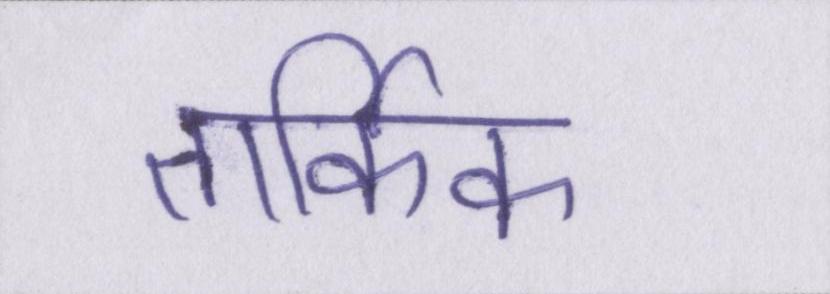
तार्किक